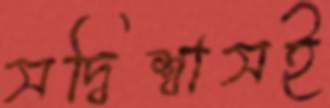
সদ্বিশ্বাসই